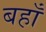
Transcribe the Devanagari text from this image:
बहाँ